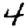
Digit: 4